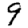
Digit: 9